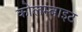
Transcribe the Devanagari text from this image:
कोलम्बाइट